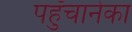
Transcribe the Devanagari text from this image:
पहुँचानेका